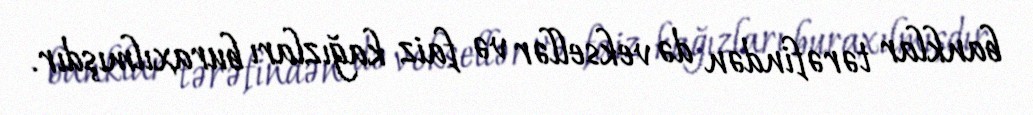
banklar tərəfindən də veksellər və faiz kağızları buraxılmışdır.